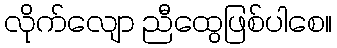
လိုက်လျော ညီထွေဖြစ်ပါစေ။